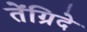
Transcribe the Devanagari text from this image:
तेंग्रिदे